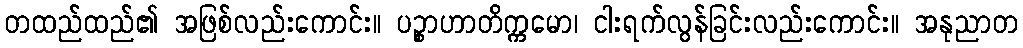
တထည်ထည်၏ အဖြစ်လည်းကောင်း။ ပဉ္စာဟာတိက္ကမော၊ ငါးရက်လွန်ခြင်းလည်းကောင်း။ အနုညာတ